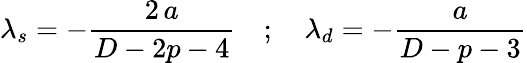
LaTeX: \lambda_{s}=-\frac{2\, a}{D-2p-4}\quad;\quad\lambda_{d}=-\frac{a}{D-p-3}